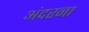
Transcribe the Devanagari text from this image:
अंदरना